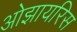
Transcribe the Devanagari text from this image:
ओझायरिस